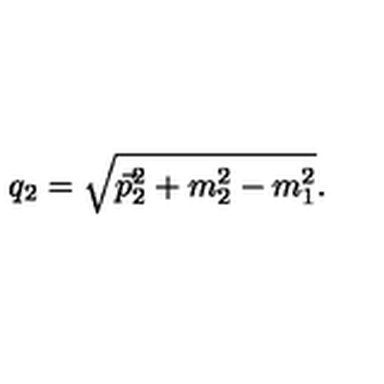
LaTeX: q _ { 2 } = \sqrt { \vec { p } _ { 2 } ^ { 2 } + m _ { 2 } ^ { 2 } - m _ { 1 } ^ { 2 } } .